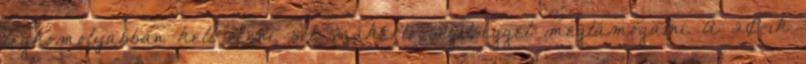
legkomolyabban kell venni, sőt szakértő segítséggel megtámogatni. A 20-ik